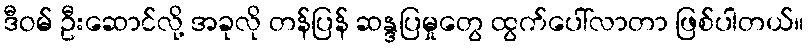
ဒီဝမ် ဦးဆောင်လို့ အခုလို တန်ပြန် ဆန္ဒပြမှုတွေ ထွက်ပေါ်လာတာ ဖြစ်ပါတယ်။